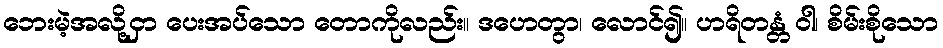
ဘေးမဲ့အလို့ငှာ ပေးအပ်သော တောကိုလည်း။ ဒဟေတွာ၊ လောင်၍။ ဟရိတန္တံ ဝါ၊ စိမ်းစိုသော